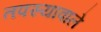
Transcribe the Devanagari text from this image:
तपस्यावाले